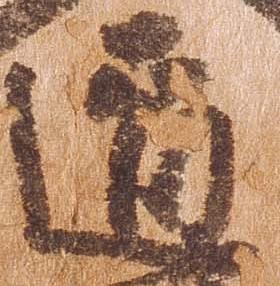
道